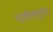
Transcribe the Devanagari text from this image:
भाषेतसुद्धा